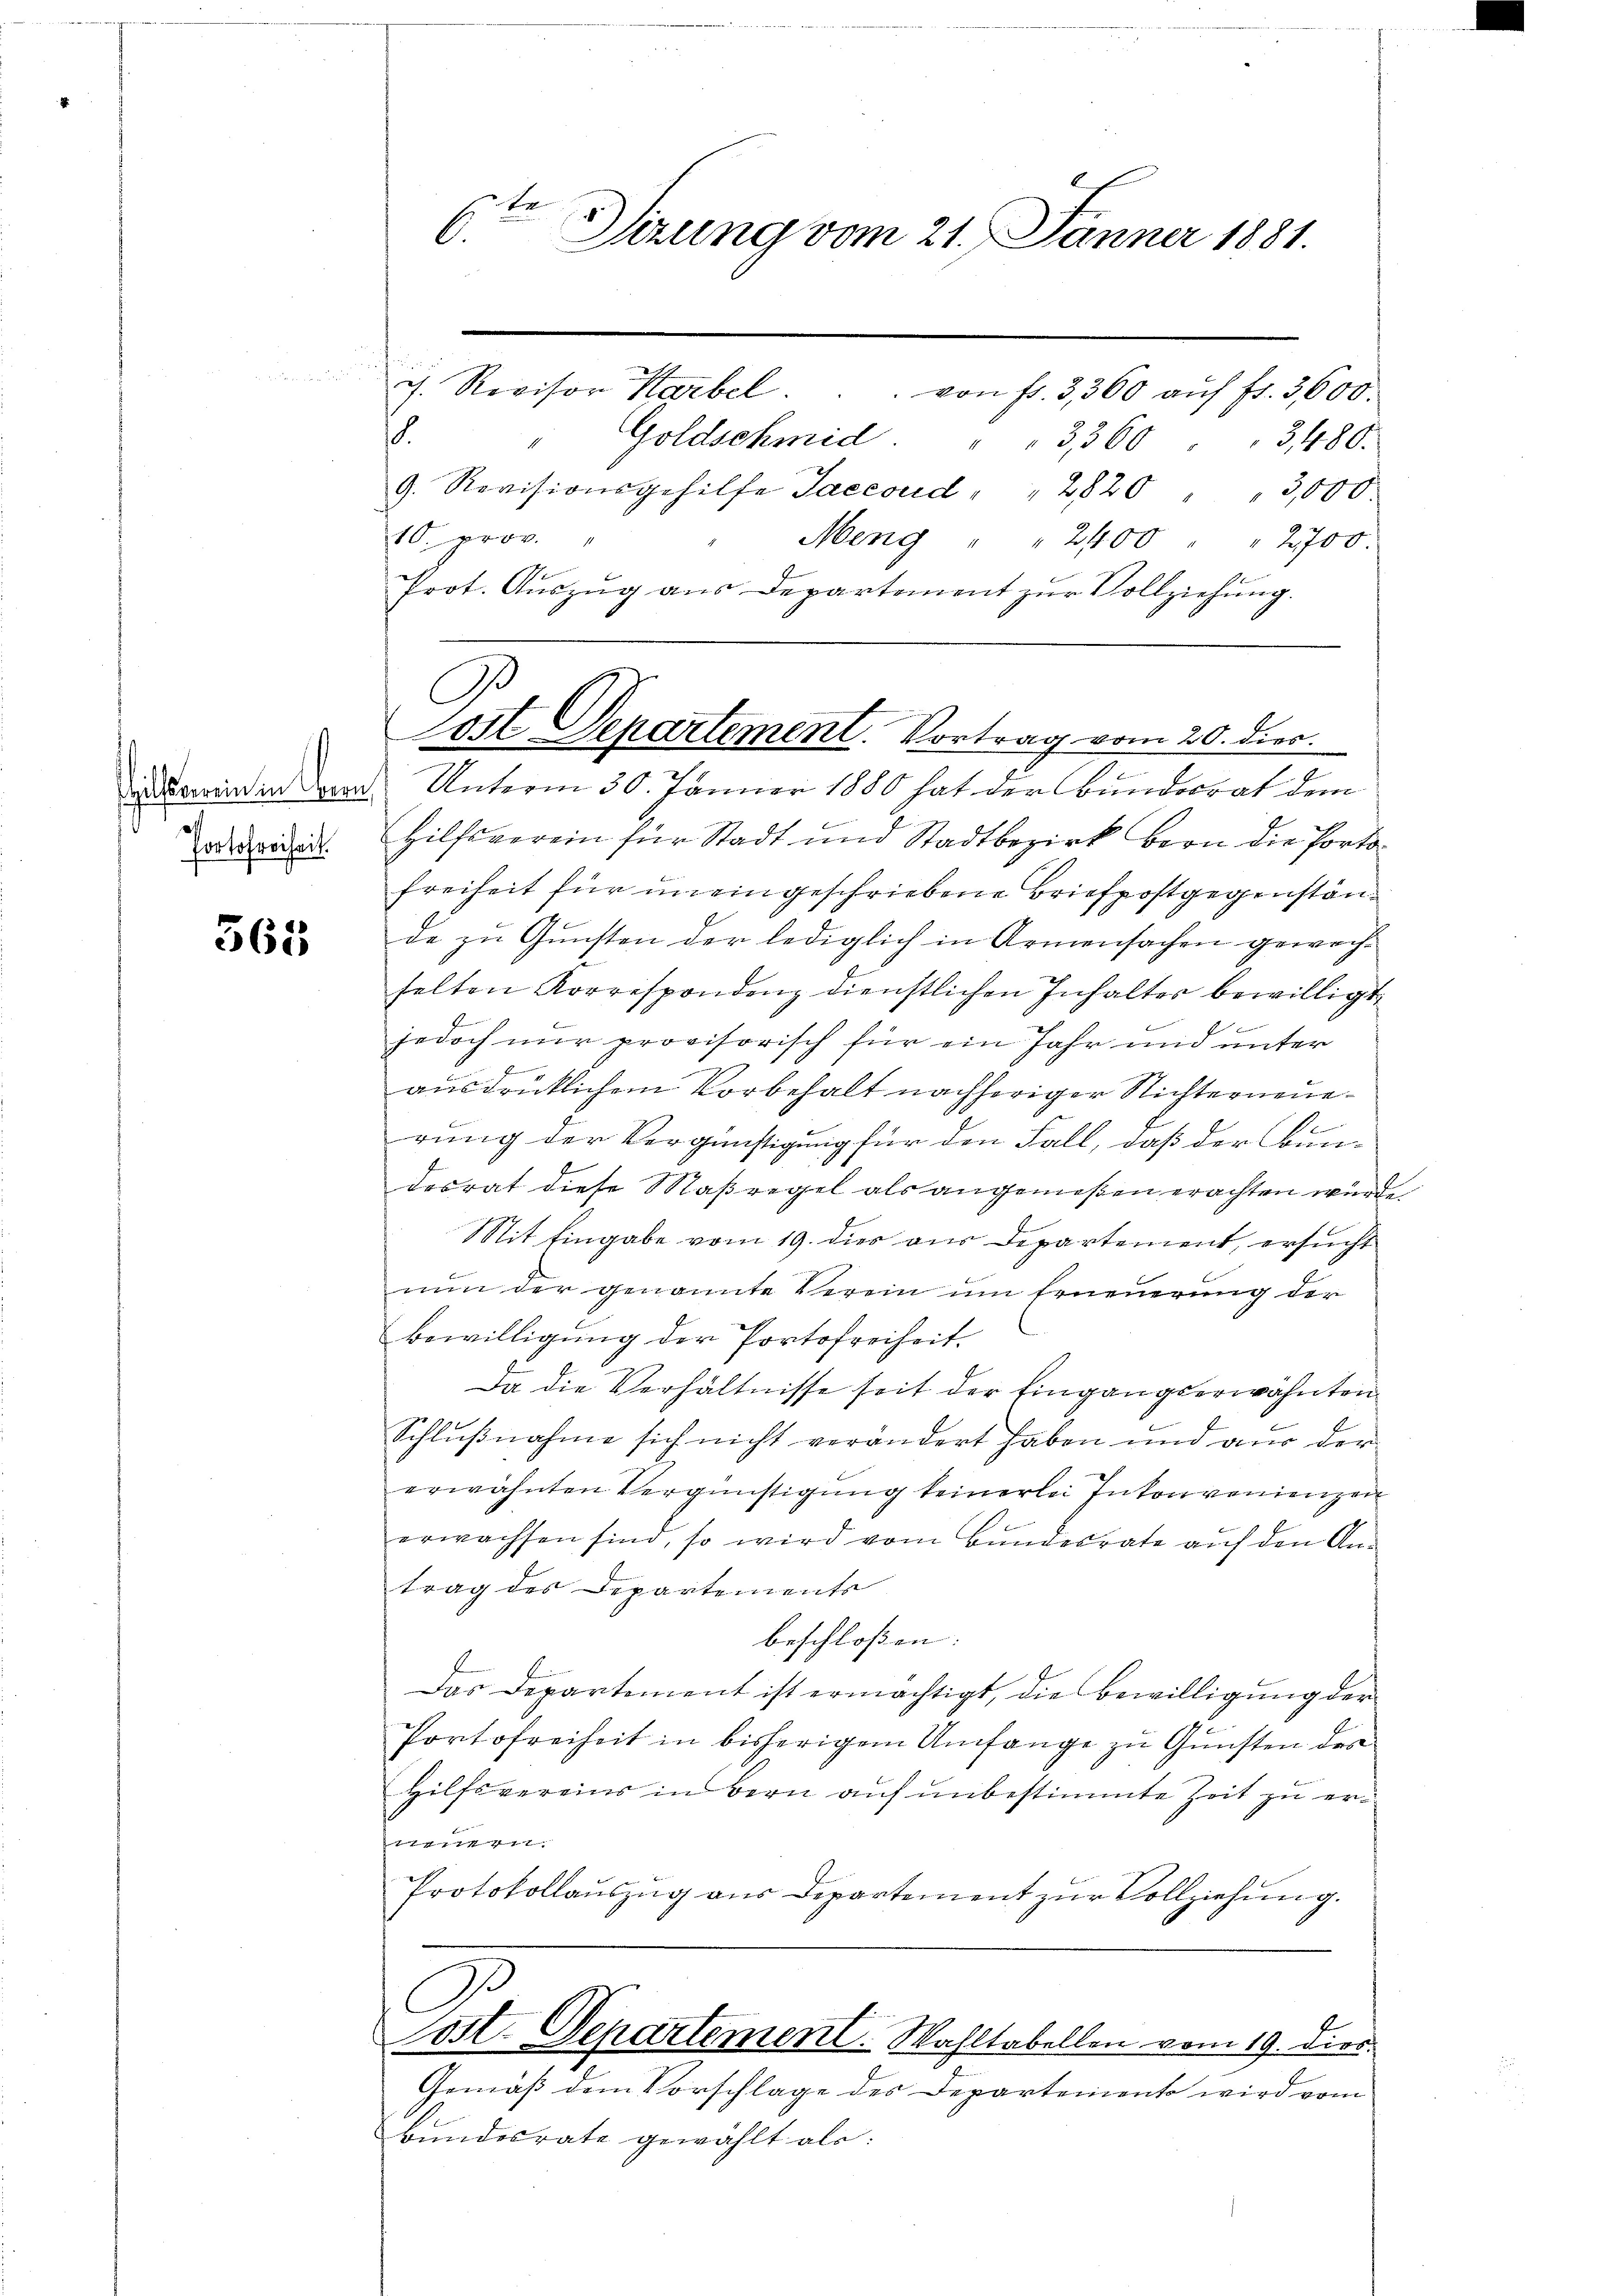
ilsberein in Herrn
Portofreiheit.

565

6ten Sizung vom 21. Jänner 1881.

J. Revisor Harbel. . . von fr. 3360 aŭf fr. 3600.
.
" Goldschmid " 3360 " " 3480.
9. Revisionsgehilfe Saccoud " " 2820 " " 3,000.
10. prov.
Meng " 2400 " 2700.
Prot. Auszug aus Departement zur Vollziehung.
Unterm 30. Jänner 1880 hat der Bunderrat dem
Hilfsverein für Stadt und Stadtbezirk bern die Porto¬
Freiheit für uneingeschriebene Briefpostgegenstände zu Gunsten der lediglich in Armensachen gewoch
selten Korrespondenz dienstlichen Inhalter bewilligt
jedoch nur provisorisch für ein Jahr und unter
ausdrücklichem Vorbehalt nachheriger Nichterneuee
rung der Vergünstigung für den Fall, daß der Bundesrat diese Maßregel als angemeßen erachten würde.
Mit Eingabe vom 19. dies aus Departement, ersucht
nŭn der genannte Verein um Erneuerung der
bewilligung der Portofreiheit.
Da die Verhältnisse seit der Eingangserwähnten
Schlußnahme sich nicht verändert haben und aus der
erwähnten Vergünstigung keinerlei Inkonvenienzen
erwachsen sind, so wird vom Bundesrate auf den Antrag des Departements
beschloßen: |
Das Departement ist ermächtigt, die Bewilligung der
2
Portofreiheit in bisherigem Umfange zu Gunsten des
Hilfsvereins in Bern auf unbestimmte Zeit zu err.
Protokollauszug aus Departement zur Vollziehung.
.
Cost. Departement. Wahltabellen vom 19. dies
Gemäß dem Vorschlage des Departements wird vom
Bundesrate gewählt als:

ost Departement. Vortrag vom 20. dies